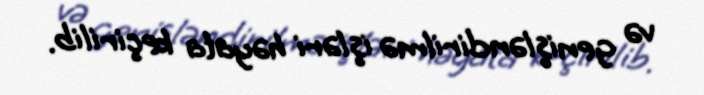
və genişləndirilmə işləri həyata keçirilib.